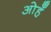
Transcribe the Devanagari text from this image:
ओहँ